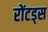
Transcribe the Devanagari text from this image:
रोंटड्स